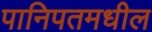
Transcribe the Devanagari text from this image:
पानिपतमधील